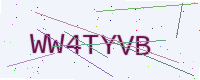
Text: WW4TYVB